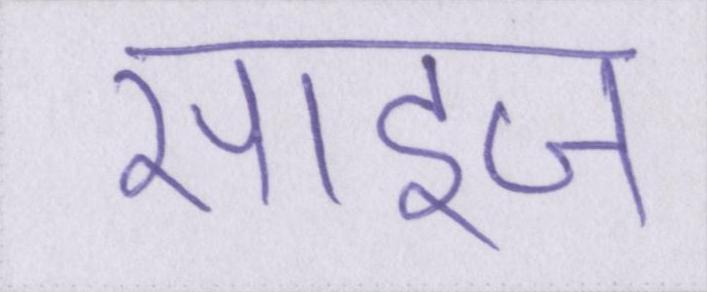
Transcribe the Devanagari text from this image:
साइज